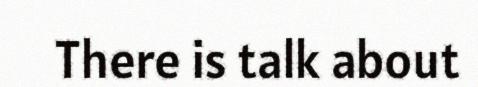
There is talk about